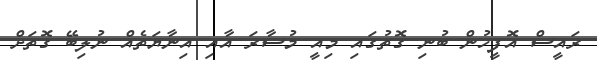
ރައީސް އޮފީހުން ބުނި ގޮތުގައި މިއީ މުސާރަ އާއި އިނާޔަތެއް ނުލިބޭ ގޮތަށް